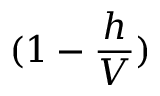
( 1 - \frac { h } { V } )